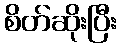
စိတ်ဆိုးပြီး